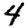
Digit: 4